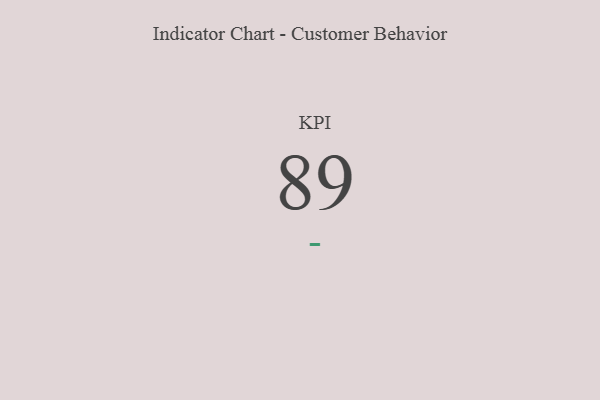
{"axis": {"x": "KPI", "y": "Value"}, "legend": [""], "data": [{"x": "KPI", "y": 89, "type": ""}]}